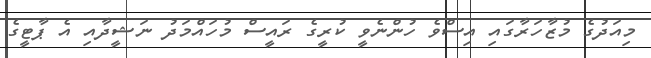
މިއަދުގެ މުޒާހަރާގައި އިސްވެ ހުންނެވީ ކުރީގެ ރައީސް މުހައްމަދު ނަޝީދާއި އެ ޕާޓީގެ